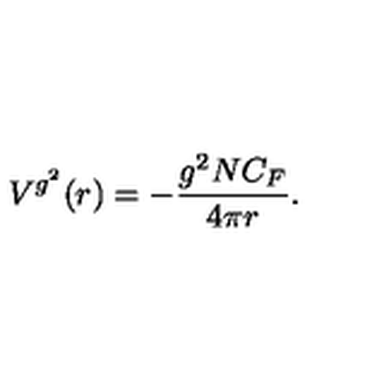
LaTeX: V ^ { g ^ { 2 } } ( r ) = - \frac { g ^ { 2 } N C _ { F } } { 4 \pi r } .